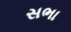
સભા